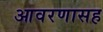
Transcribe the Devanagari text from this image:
आवरणासह